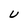
Character: U